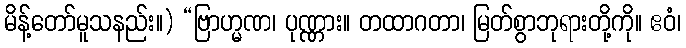
မိန့်တော်မူသနည်း။) “ဗြာဟ္မဏ၊ ပုဏ္ဏား။ တထာဂတာ၊ မြတ်စွာဘုရားတို့ကို။ ဧဝံ၊